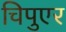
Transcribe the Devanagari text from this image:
चिपुएर